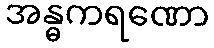
အန္ဓကရဏော